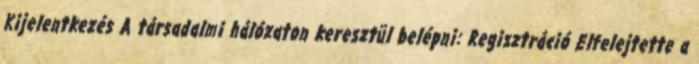
Kijelentkezés A társadalmi hálózaton keresztül belépni: Regisztráció Elfelejtette a